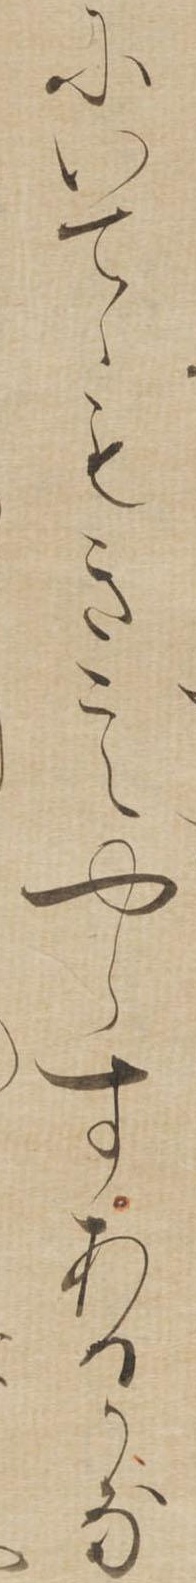
にいてゝもきこえやらすあるかな